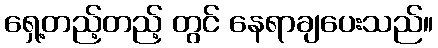
ရှေ့တည့်တည့် တွင် နေရာချပေးသည်။